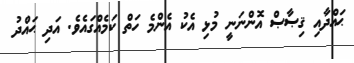
ޙައްދާއި ޤިޞާޞް އޮންނަނީ މުޅި އެކު އެންމެ ހަތް ކަމެއްގައެވެ. އަދި ޙައްދު